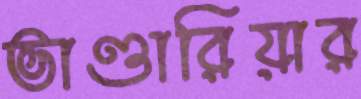
ভাণ্ডারিয়ার